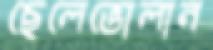
ছেলেভোলান